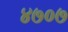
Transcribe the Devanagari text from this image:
४७०७